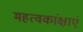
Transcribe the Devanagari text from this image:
महत्वकांक्षाएं